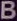
B